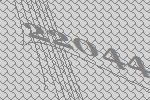
22044